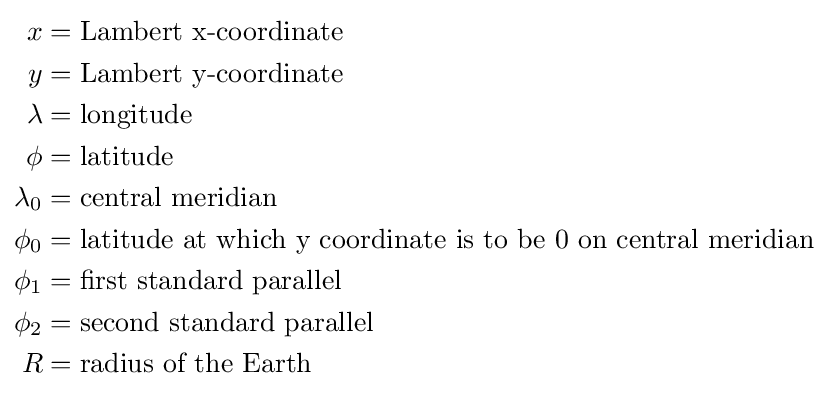
{\begin{aligned}x&={\text{Lambert x-coordinate}}\\y&={\text{Lambert y-coordinate}}\\\lambda &={\text{longitude}}\\\phi &={\text{latitude}}\\\lambda _{0}&={\text{central meridian}}\\\phi _{0}&={\text{latitude at which y coordinate is to be 0 on central meridian}}\\\phi _{1}&={\text{first standard parallel}}\\\phi _{2}&={\text{second standard parallel}}\\R&={\text{radius of the Earth}}\end{aligned}}